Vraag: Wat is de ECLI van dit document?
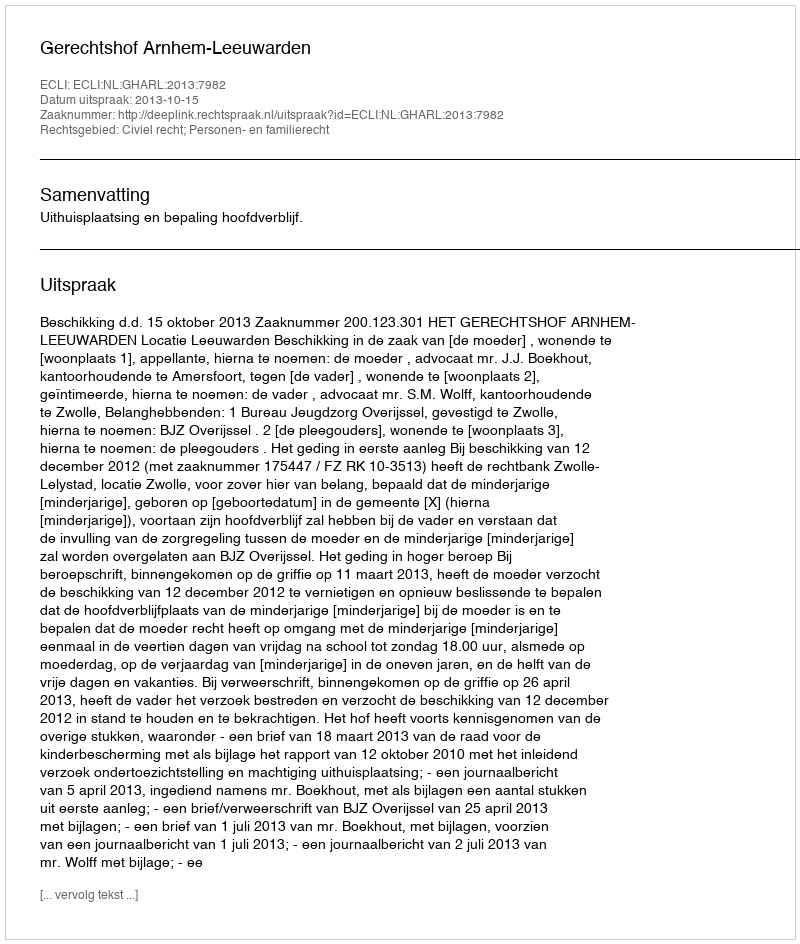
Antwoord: ECLI:NL:GHARL:2013:7982